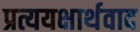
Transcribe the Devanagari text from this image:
प्रत्ययक्षार्थवाद